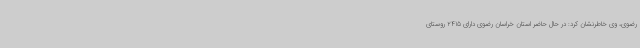
رضوی، وی خاطرنشان کرد: در حال حاضر استان خراسان رضوی دارای 2415 روستای